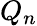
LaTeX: Q_{n}